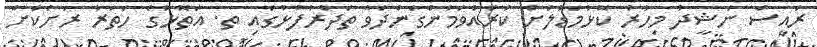
ރައީސް ނަޝީދު މިހާރު ކޮޅުމަޑުލަށް ކުރައްވަމުންގެންދަވާ ތަދުރުފުޅުގައި ތ. އަތޮޅުގެ ހަތަރު ރަށަކަށް